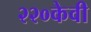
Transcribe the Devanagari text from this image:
२२०केवी